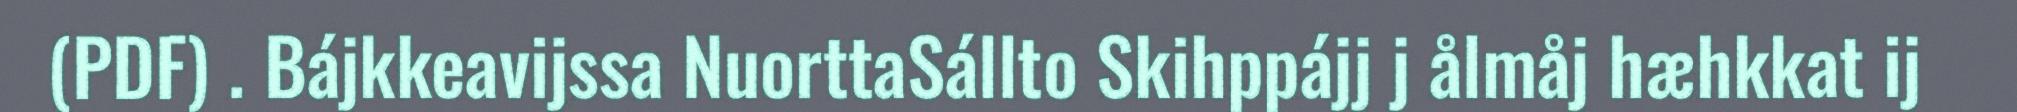
(PDF) . Bájkkeavijssa NuorttaSállto Skihppájj j ålmåj hæhkkat ij